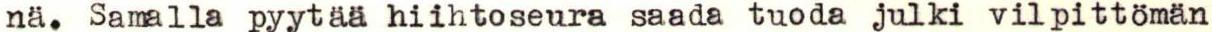
nä. Samalla pyytää hiihtoseura saada tuoda julki vilpittömän